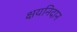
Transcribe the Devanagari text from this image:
क्षयनिदान